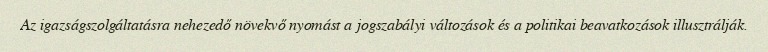
Az igazságszolgáltatásra nehezedő növekvő nyomást a jogszabályi változások és a politikai beavatkozások illusztrálják.